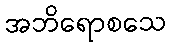
အဘိရောစသေ